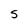
Character: S